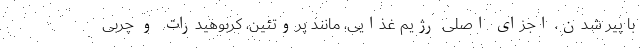
با پیر شدن، اجزای اصلی رژیم غذایی، مانند پروتئین، کربوهیدرات و چربی